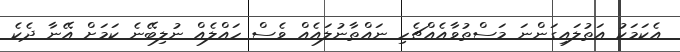
އެކަމަކު އަތުލައިގަންނަ މަސްތުވާއެއްޗެހި ނައްތާނުލައެއް ވެސް ހައްލެއް ނުލިބޭނެ ކަމަށް އޭނާ ދެކެ